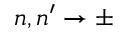
n , n ^ { \prime } \rightarrow \pm